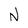
Character: N